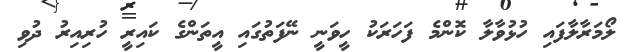
ލޯމަރާލާފައި ހުޅުވާލާ ކޮންމެ ފަހަރަކު ހީވަނީ ނޭފަތުގައި އީތަންގެ ކައިރީ ހުރިއިރު ދުވި